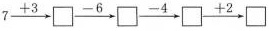
$$7 \xrightarrow { + 3 } \Box \xrightarrow { - 6 } \Box \xrightarrow { - 4 } \Box \xrightarrow { + 2 } \Box$$